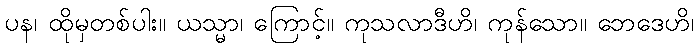
ပန၊ ထိုမှတစ်ပါး။ ယသ္မာ၊ ကြောင့်။ ကုသလာဒီဟိ၊ ကုန်သော။ ဘေဒေဟိ၊